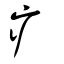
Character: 疒